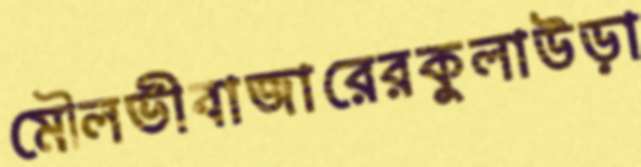
মৌলভীবাজারেরকুলাউড়া